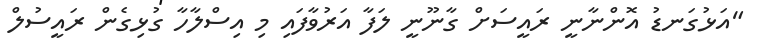
"އަޅުގަނޑު އޮންނާނީ ރައީސަށް ގާނޫނީ ލަފާ އަރުވާފައި މި އިސްލާހާ ގުޅިގެން ރައީސުލް